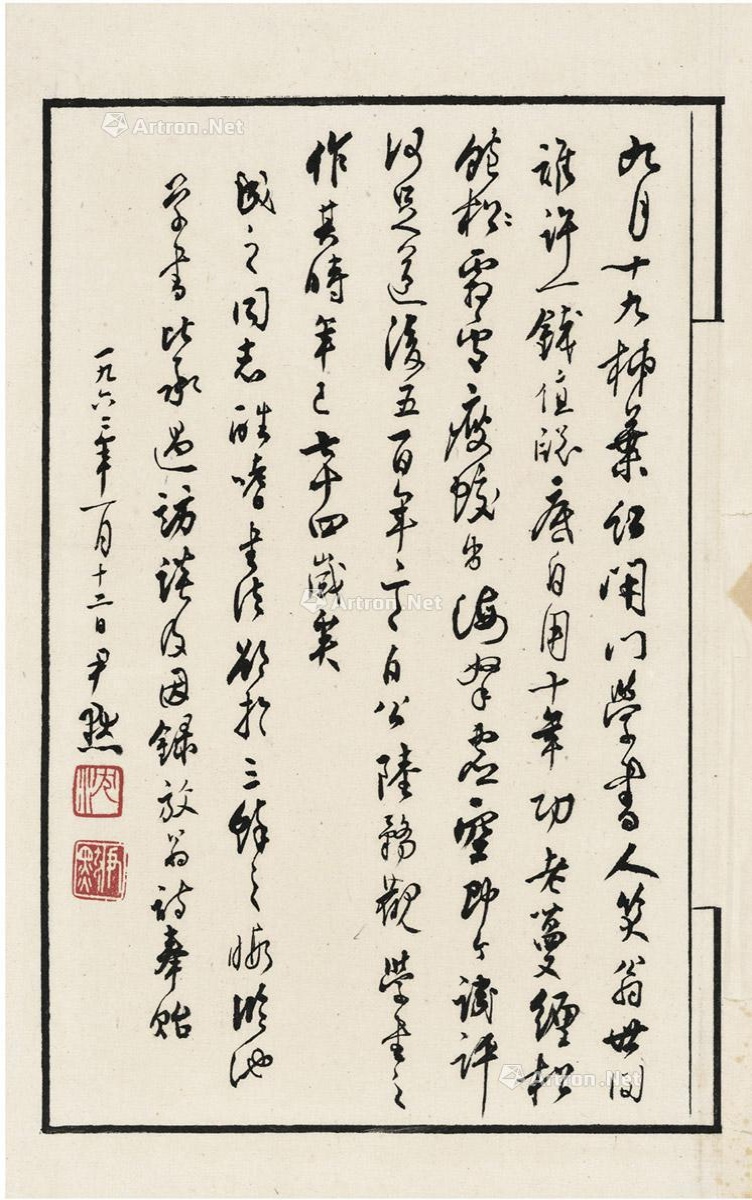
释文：九月十九柿叶红，闭门学书人笑翁。世间谁许一钱值，窗底自用十年功。老蔓缠松饱霜雪，瘦蛟出海拏虚空。即今讥评何足道，后五百年言自公。陆务观学书之作，其时年已七十四岁矣。成之同志酷嗜书法，欲于三余之暇临池学书，比承过访谈及，因录放翁诗奉贻。一九六二年一月十二日，尹默。